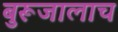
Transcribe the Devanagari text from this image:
बुरूजालाच